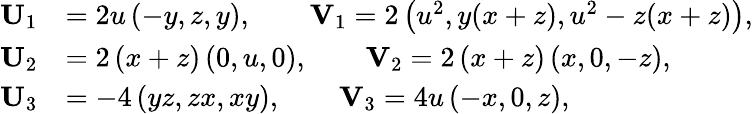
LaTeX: \begin{array}{rl}{\mathbf{U}_{1}}&{=2u\left(-y,z,y\right),\qquad\mathbf{V}_{1}=2\left(u^{2},y(x+z),u^{2}-z(x+z)\right),}\\ {\mathbf{U}_{2}}&{=2\left(x+z\right)\left(0,u,0\right),\qquad\mathbf{V}_{2}=2\left(x+z\right)\left(x,0,-z\right),}\\ {\mathbf{U}_{3}}&{=-4\left(yz,zx,xy\right),\qquad\mathbf{V}_{3}=4u\left(-x,0,z\right),}\end{array}